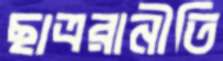
ছাত্ররানীতি